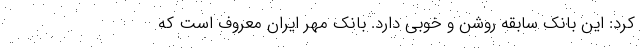
کرد: این بانک سابقه روشن و خوبی دارد. بانک مهر ایران معروف است که